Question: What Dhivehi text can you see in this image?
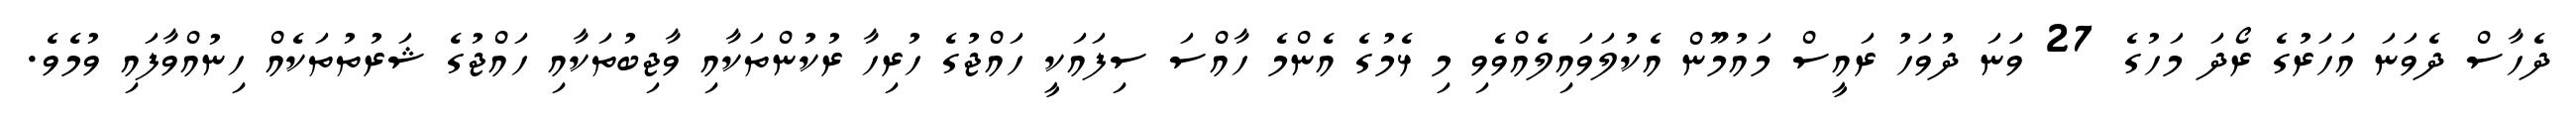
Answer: ދެހާސް ދެވަނަ އަހަރުގެ ރޯދަ މަހުގެ 27 ވަަނަ ދުވަހު ރައީސް މައުމޫން އެކުލަވައިލެއްވެވި މި ޅެމުގެ އެންމެ ހާއްސަ ސިފައަކީ ހައްޖުގެ ހުރިހާ ރުކުންތަކާއި ވާޖިބުތަކާއި ހައްޖުގެ ޝަރުތުތަކެއް ހިނުއްވާފައި ވުމެވެ.